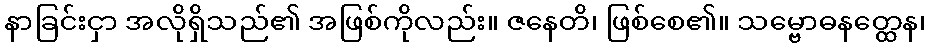
နာခြင်းငှာ အလိုရှိသည်၏ အဖြစ်ကိုလည်း။ ဇနေတိ၊ ဖြစ်စေ၏။ သမ္ဗောဓနတ္ထေန၊